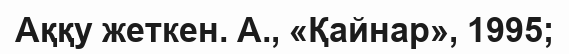
Аққу жеткен. А., «Қайнар», 1995;